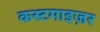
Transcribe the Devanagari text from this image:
कस्टमाइज़र